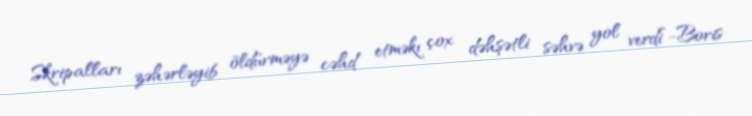
Skripalları zəhərləyib öldürməyə cəhd etməkı çox dəhşətli səhvə yol verdi”-Boris